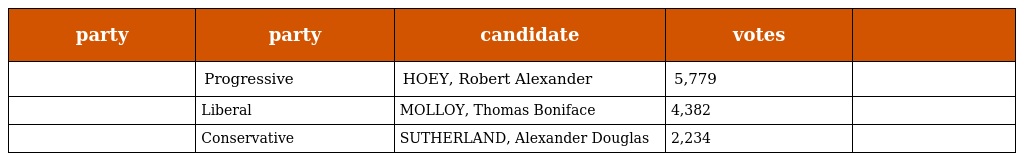
| party | party | candidate | votes |  |
 | --- | --- | --- | --- | --- |
 |  | Progressive | HOEY, Robert Alexander | 5,779 |  |
 |  | Liberal | MOLLOY, Thomas Boniface | 4,382 |  |
 |  | Conservative | SUTHERLAND, Alexander Douglas | 2,234 |  |